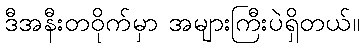
ဒီအနီးတဝိုက်မှာ အများကြီးပဲရှိတယ်။